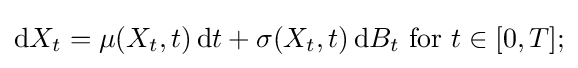
\mathrm {d} X_{t}=\mu (X_{t},t)\,\mathrm {d} t+\sigma (X_{t},t)\,\mathrm {d} B_{t}{\mbox{ for }}t\in [0,T];